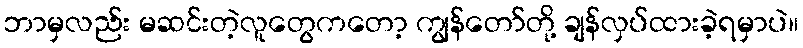
ဘာမှလည်း မဆင်းတဲ့လူတွေကတော့ ကျွန်တော်တို့ ချန်လှပ်ထားခဲ့ရမှာပဲ။